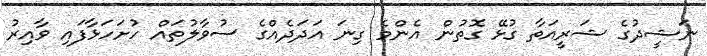
ނަޝީދުގެ ޝަރީއަތާާ ގުޅޭ ގޮތުން އެންމެ ގިނަ އަދަދެއްގެ ސުވާލުތައް ހުށަހަޅާފައި ވާއިރު